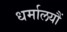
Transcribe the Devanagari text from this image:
धर्मालयौं